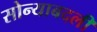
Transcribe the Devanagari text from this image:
सोन्याबदली